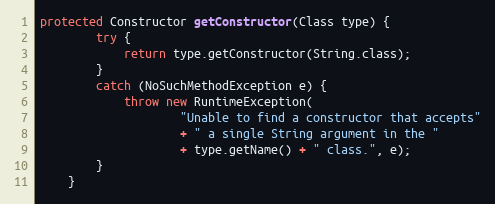
Language: Java
protected Constructor getConstructor(Class type) {
        try {
            return type.getConstructor(String.class);
        }
        catch (NoSuchMethodException e) {
            throw new RuntimeException(
                    "Unable to find a constructor that accepts"
                    + " a single String argument in the "
                    + type.getName() + " class.", e);
        }
    }